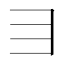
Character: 𬺹